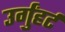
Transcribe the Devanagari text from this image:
उर्गुंहर्ट